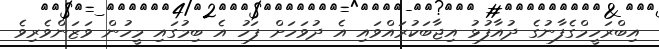
އިބްރަހީމްގެފާނުގެ ދުއާފުޅު އިޖާބަކުރައްވައި އެ ދުވަހަށް ފަހު އެ ބިމުގައި މީހުން ވަޒަންވެރިވެ